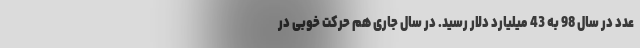
عدد در سال 98 به 43 میلیارد دلار رسید. در سال جاری هم حرکت خوبی در